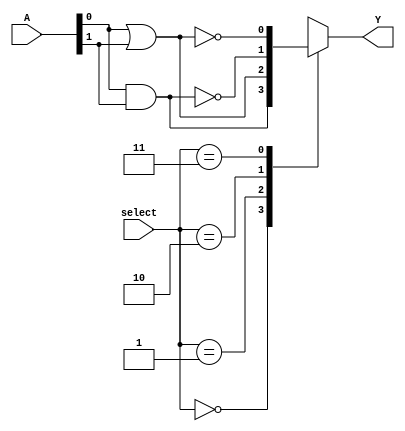
module combinational_logic_block (
    input wire [3:0] A,       // Input pins A[0:3]
    input wire [1:0] select,  // Select signal for logic function
    output wire Y             // Output pin Y
);

    // Intermediate signals for logic functions
    wire and_out, or_out;
    wire not_a, not_b, not_c, not_d;
    wire nand_out, nor_out, xor_out, xnor_out;

    // Logic function implementations
    assign and_out = A[0] & A[1];
    assign or_out = A[0] | A[1];
    assign not_a = ~A[0];
    assign not_b = ~A[1];
    assign not_c = ~A[2];
    assign not_d = ~A[3];
    assign nand_out = ~(A[0] & A[1]);
    assign nor_out = ~(A[0] | A[1]);
    assign xor_out = A[0] ^ A[1];
    assign xnor_out = ~(A[0] ^ A[1]);

    // Multiplexer to select the output based on select lines
    always @(*) begin
        case(select)
            2'b00: Y = and_out;     // AND
            2'b01: Y = or_out;      // OR
            2'b10: Y = nand_out;    // NAND
            2'b11: Y = nor_out;     // NOR
            // Additional functions can be added as needed
            default: Y = 1'b0;      // Default case to avoid latches
        endcase
    end

endmodule